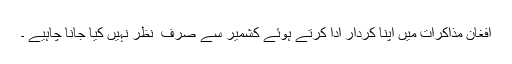
افغان مذاکرات میں اپنا کردار ادا کرتے ہوئے کشمیر سے صرف ِ نظر نہیں کیا جانا چاہیے ۔